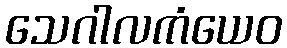
သေဂါလကံယေဝ